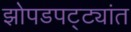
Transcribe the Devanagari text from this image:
झोपडपट्ट्यांत